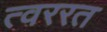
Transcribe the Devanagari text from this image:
त्वररत